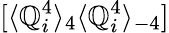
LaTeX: [\langle\mathbb{Q}_{i}^{4}\rangle_{4}\langle\mathbb{Q}_{i}^{4}\rangle_{-4}]